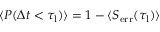
\langle P ( \Delta t < \tau _ { \mathrm { l } } ) \rangle = 1 - \langle S _ { \mathrm { e r r } } ( \tau _ { \mathrm { l } } ) \rangle